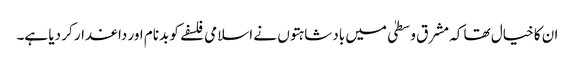
ان کا خیال تھا کہ مشرق وسطیٰ میں بادشاہتوں نے اسلامی فلسفے کو بدنام اور داغدار کر دیا ہے۔